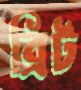
ব্রিট